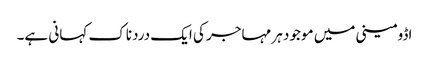
اڈومینی میں موجود ہر مہاجر کی ایک دردناک کہانی ہے۔